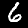
Digit: 6